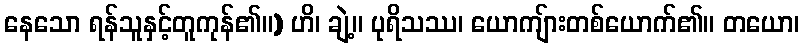
နေသော ရန်သူနှင့်တူကုန်၏။) ဟိ၊ ချဲ့။ ပုရိသဿ၊ ယောကျ်ားတစ်ယောက်၏။ တယော၊